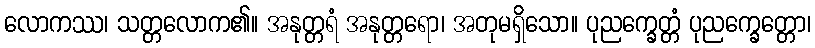
လောကဿ၊ သတ္တလောက၏။ အနုတ္တရံ အနုတ္တရော၊ အတုမရှိသော။ ပုညက္ခေတ္တံ ပုညက္ခေတ္တော၊